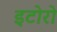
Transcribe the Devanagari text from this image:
इटोरो